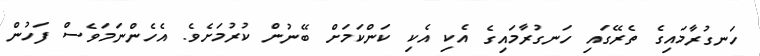
ހަނގުރާމައިގެ ތެރޭގައި ހަނގުރާމައިގެ އެކި އެކި ކަންކަމަށް ބޭނުން ކުރުމަށެވެ. އެހެންނަމަވެސް ފަހުން